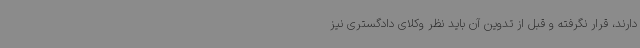
دارند، قرار نگرفته و قبل از تدوین آن باید نظر وکلای دادگستری نیز